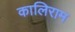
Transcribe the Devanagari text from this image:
कालिराम